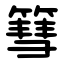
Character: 篲